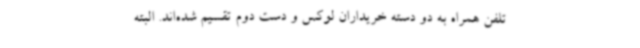
تلفن همراه به دو دسته خریداران لوکس و دست دوم تقسیم شده‌اند. البته